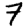
Digit: 7